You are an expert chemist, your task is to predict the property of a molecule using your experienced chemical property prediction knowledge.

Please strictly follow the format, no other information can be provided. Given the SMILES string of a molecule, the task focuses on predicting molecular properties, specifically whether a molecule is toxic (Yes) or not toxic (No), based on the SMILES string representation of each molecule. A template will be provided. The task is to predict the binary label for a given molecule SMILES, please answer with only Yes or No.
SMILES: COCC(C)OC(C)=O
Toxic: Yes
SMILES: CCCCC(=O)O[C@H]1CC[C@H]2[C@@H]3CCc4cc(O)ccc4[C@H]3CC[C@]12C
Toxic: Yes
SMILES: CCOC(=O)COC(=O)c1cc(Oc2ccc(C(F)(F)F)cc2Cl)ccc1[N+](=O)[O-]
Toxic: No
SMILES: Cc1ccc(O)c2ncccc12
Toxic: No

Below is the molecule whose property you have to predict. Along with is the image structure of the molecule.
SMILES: CCCCCCCCCCCCCCC1CO1
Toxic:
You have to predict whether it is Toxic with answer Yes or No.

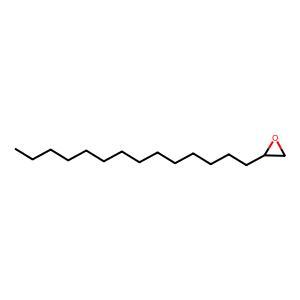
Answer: No